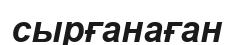
сырғанаған